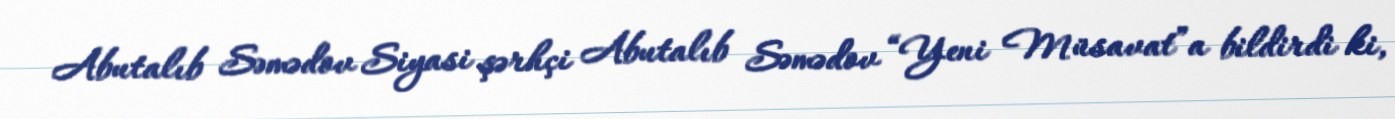
Abutalıb Səmədov Siyasi şərhçi Abutalıb Səmədov “Yeni Müsavat”a bildirdi ki,